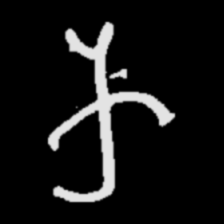
Pyu character \u2014 Myanmar letter: က (romanized: ka)